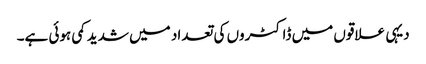
دیہی علاقوں میں ڈاکٹروں کی تعداد میں شدید کمی ہوئی ہے۔